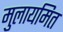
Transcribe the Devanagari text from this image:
मुलायमित